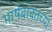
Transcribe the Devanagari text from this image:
भाषेबाबतच्या